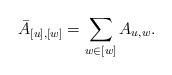
\begin{align*}\bar A_{[u],[w]} = \sum_{w\in [w]} A_{u,w}.\end{align*}